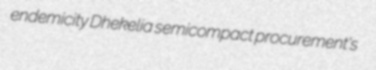
endemicity Dhekelia semicompact procurement's